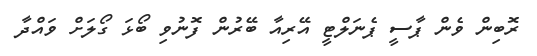
ރޮބިން ވެން ޕާސީ ޕެނަލްޓީ އޭރިއާ ބޭރުން ފޮނުވި ބޯޅަ ގޯލަށް ވައްދާ